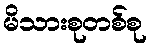
မိသားစုတစ်စု